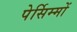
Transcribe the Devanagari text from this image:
पेर्सिम्मों